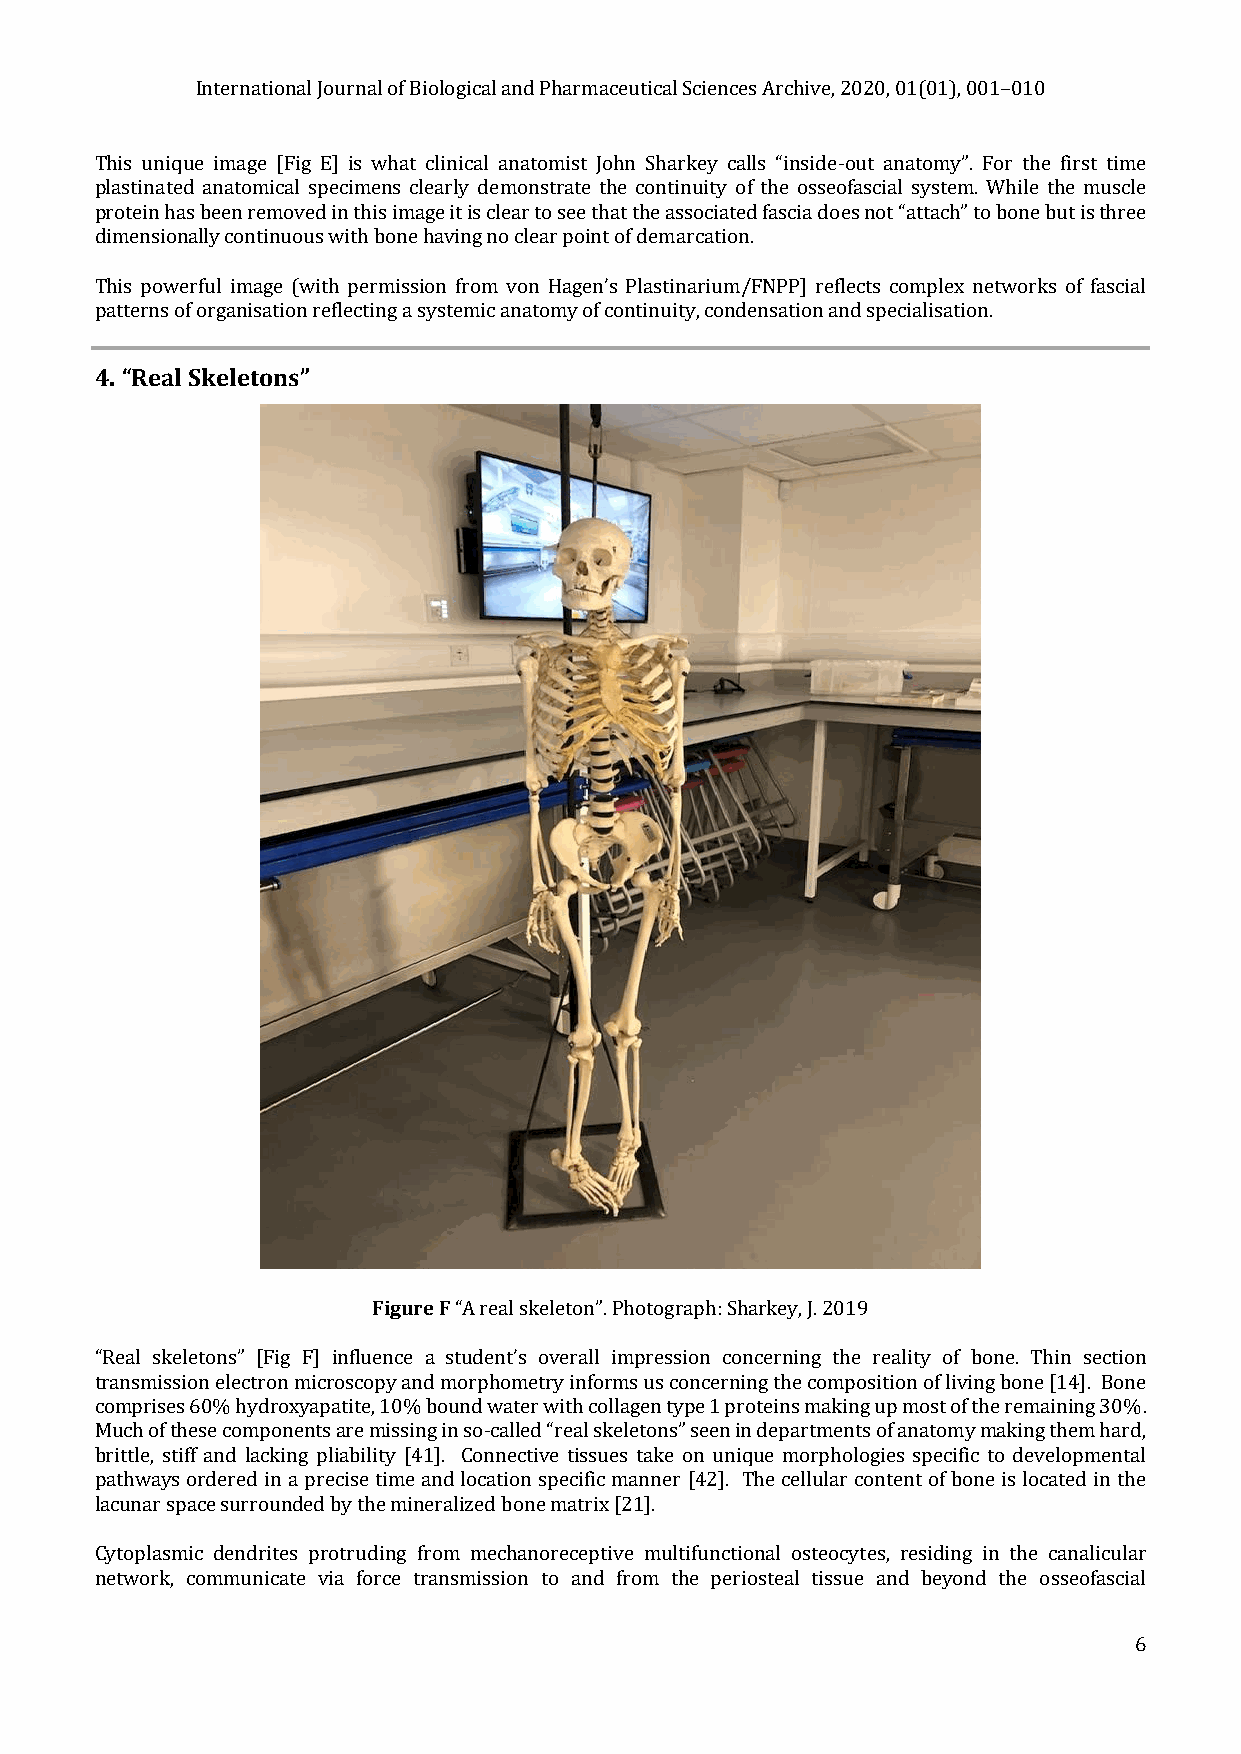
International Journal of Biological and Pharmaceutical Sciences Archive, 2020, 01(01), 001–010
 This unique image [Fig E] is what clinical anatomist John Sharkey calls “inside-out anatomy”. For the first time
 plastinated anatomical specimens clearly demonstrate the continuity of the osseofascial system. While the muscle
 protein has been removed in this image it is clear to see that the associated fascia does not “attach” to bone but is three
 dimensionally continuous with bone having no clear point of demarcation.
 This powerful image (with permission from von Hagen’s Plastinarium/FNPP] reflects complex networks of fascial
 patterns of organisation reflecting a systemic anatomy of continuity, condensation and specialisation.
 4. “Real Skeletons”
 Figure F “A real skeleton”. Photograph: Sharkey, J. 2019
 “Real skeletons” [Fig F] influence a student’s overall impression concerning the reality of bone. Thin section
 transmission electron microscopy and morphometry informs us concerning the composition of living bone [14]. Bone
 comprises 60% hydroxyapatite, 10% bound water with collagen type 1 proteins making up most of the remaining 30%.
 Much of these components are missing in so-called “real skeletons” seen in departments of anatomy making them hard,
 brittle, stiff and lacking pliability [41]. Connective tissues take on unique morphologies specific to developmental
 pathways ordered in a precise time and location specific manner [42]. The cellular content of bone is located in the
 lacunar space surrounded by the mineralized bone matrix [21].
 Cytoplasmic dendrites protruding from mechanoreceptive multifunctional osteocytes, residing in the canalicular
 network, communicate via force transmission to and from the periosteal tissue and beyond the osseofascial
 6